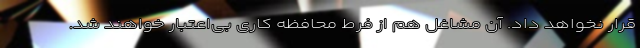
قرار نخواهد داد. آن مشاغل هم از فرط محافظه کاری بی‌اعتبار خواهند شد.